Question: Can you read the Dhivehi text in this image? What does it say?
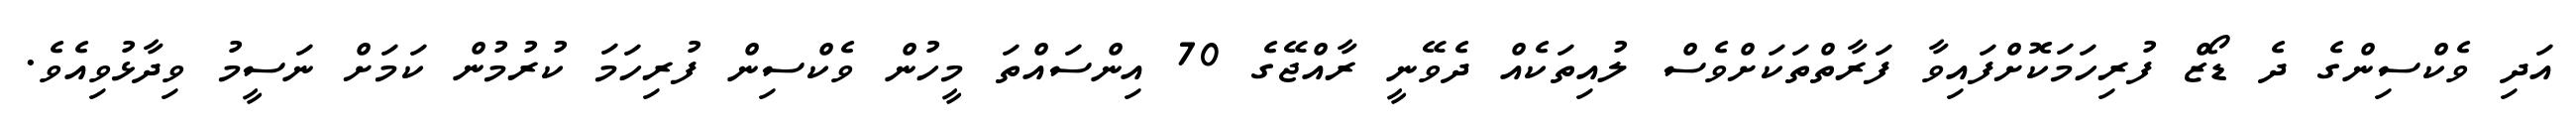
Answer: އަދި ވެކްސިންގެ ދެ ޑޯޒް ފުރިހަމަކޮށްފައިވާ ފަރާތްތަކަށްވެސް ލުއިތަކެއް ދެވޭނީ ރާއްޖޭގެ 70 އިންސައްތަ މީހުން ވެކްސިން ފުރިހަމަ ކުރުމުން ކަމަށް ނަސީމު ވިދާޅުވިއެވެ.